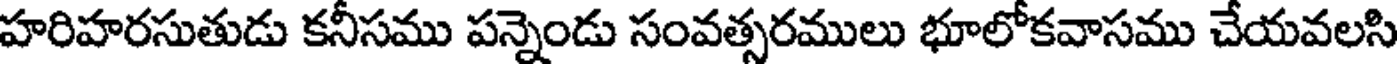
హరిహరసుతుడు కనీసము పన్నెండు సంవత్సరములు భూలోకవాసము చేయవలసి